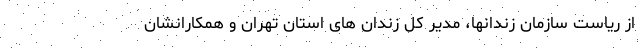
از ریاست سازمان زندانها، مدیر کل زندان های استان تهران و همکارانشان